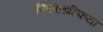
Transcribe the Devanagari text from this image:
फिलाडल्फिया